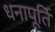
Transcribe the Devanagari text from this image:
धनापूर्ति